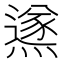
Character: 鿪